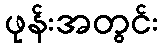
ဖုန်းအတွင်း